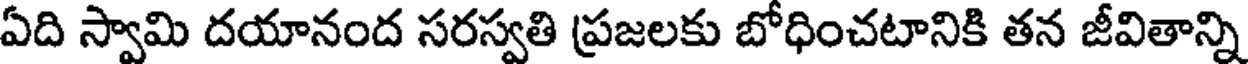
ఏది స్వామి దయానంద సరస్వతి ప్రజలకు బోధించటానికి తన జీవితాన్ని